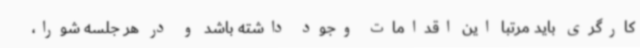
کارگری باید مرتبا این اقدامات وجود داشته باشد و در هر جلسه شورا،